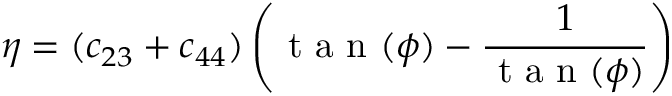
\eta = ( c _ { 2 3 } + c _ { 4 4 } ) \left( \textrm { t a n } ( \phi ) - \frac { 1 } { \textrm { t a n } ( \phi ) } \right)